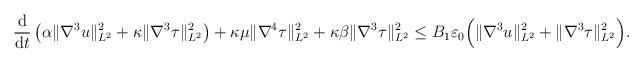
LaTeX: \begin{align*} & \frac{\mathrm{d}}{\mathrm{d}t}\left(\alpha\|\nabla^3u\|_{L^2}^2+\kappa\|\nabla^3\tau\|_{L^2}^2\right) +\kappa\mu\|\nabla^4\tau\|_{L^2}^2+\kappa\beta\|\nabla^3\tau\|_{L^2}^2 \leq B_1\varepsilon_0 \Big( \|\nabla^3 u \|_{L^2}^2 + \|\nabla^3 \tau \|_{L^2}^2\Big). \end{align*}